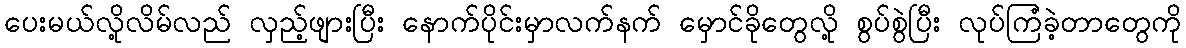
ပေးမယ်လို့လိမ်လည် လှည့်ဖျားပြီး နောက်ပိုင်းမှာလက်နက် မှောင်ခိုတွေလို့ စွပ်စွဲပြီး လုပ်ကြံခဲ့တာတွေကို